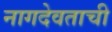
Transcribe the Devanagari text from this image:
नागदेवताची